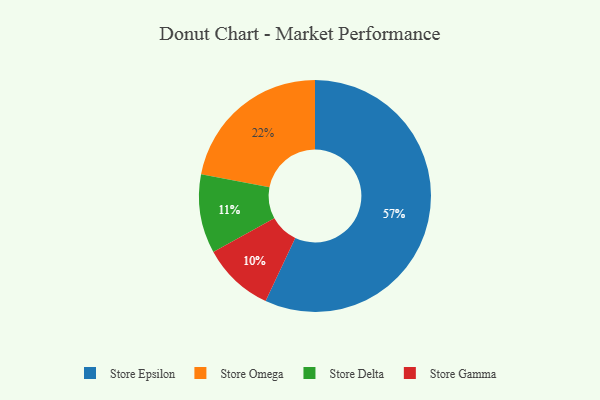
{"axis": {"x": "Category", "y": "Percentage"}, "legend": ["Store Delta", "Store Epsilon", "Store Gamma", "Store Omega"], "data": [{"x": "Store Delta", "y": 11, "type": "Store Delta"}, {"x": "Store Epsilon", "y": 57, "type": "Store Epsilon"}, {"x": "Store Gamma", "y": 10, "type": "Store Gamma"}, {"x": "Store Omega", "y": 22, "type": "Store Omega"}]}